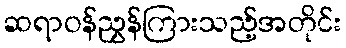
ဆရာဝန်ညွှန်ကြားသည့်အတိုင်း